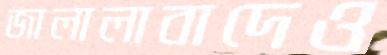
জালালাবাদেও